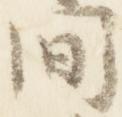
間